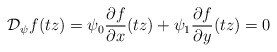
\begin{align*}\mathcal D_{\psi}f(tz) = \psi_0 \frac{\partial f}{\partial x } (tz) + \psi_1 \frac{\partial f}{\partial y } (tz) =0 \end{align*}